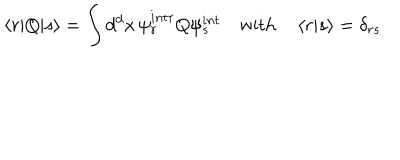
\left\langle r | Q | s \right\rangle = \int d ^ { d } x \, \psi _ { r } ^ { i n t \dagger } Q \psi _ { s } ^ { i n t } \quad \mathrm { w i t h } \quad \left\langle r | s \right\rangle = \delta _ { r s }